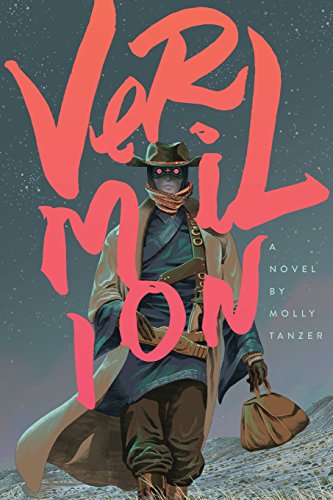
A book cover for Vermilion; Molly Tanzer; Science Fiction & Fantasy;